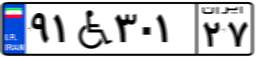
۹۱W۳۰۱۲۷